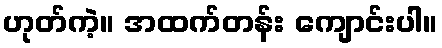
ဟုတ်ကဲ့။ အထက်တန်း ကျောင်းပါ။